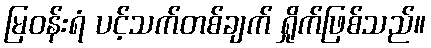
မြဝန်းရံ ပင့်သက်တစ်ချက် ရှိုက်ဖြစ်သည်။